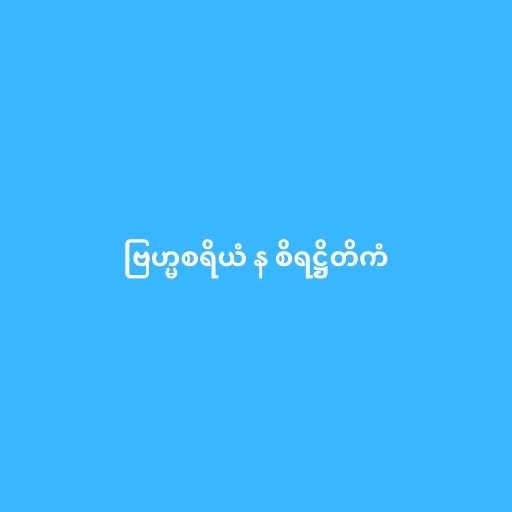
ဗြဟ္မစရိယံ န စိရဋ္ဌိတိကံ